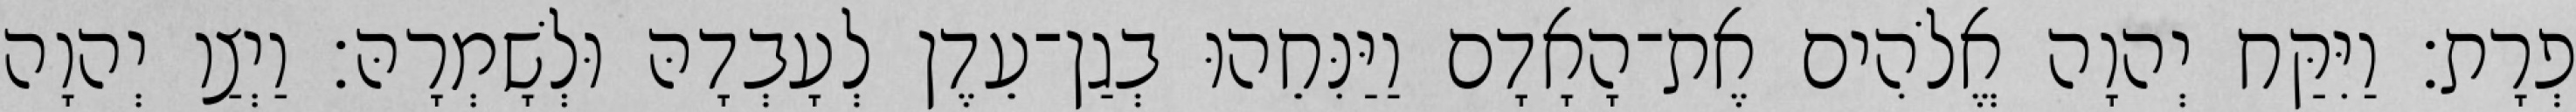
פְרָת׃ וַיִּקַּח יְהוָה אֱלֹהִים אֶת־הָאָדָם וַיַּנִּחֵהוּ בְגַן־עֵדֶן לְעָבְדָהּ וּלְשָׁמְרָהּ׃ וַיְצַו יְהוָה